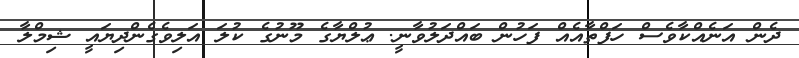
ދެން އަނެއްކާވެސް ހަފްތާއެއް ފަހުން ބައްދަލުވާނީ. ޢުލްޔާގެ މޫނުގެ ކުލަ އަލިވެގެންދިޔައީ ޝިމްލާ